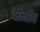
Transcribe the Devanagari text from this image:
दीमीव